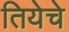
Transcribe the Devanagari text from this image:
तियेचे